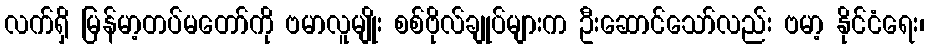
လက်ရှိ မြန်မာ့တပ်မတော်ကို ဗမာလူမျိုး စစ်ဗိုလ်ချုပ်များက ဦးဆောင်သော်လည်း ဗမာ့ နိုင်ငံရေး၊